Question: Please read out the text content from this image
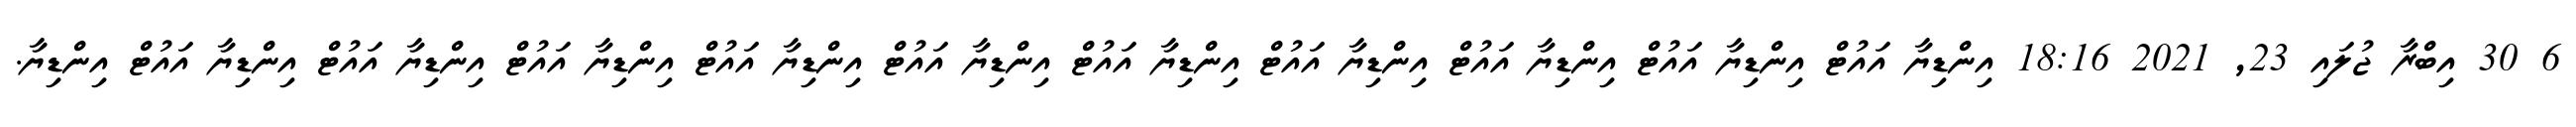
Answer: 6 30 އިބްރާ ޖުލައި 23, 2021 18:16 އިންޑިޔާ އައުޓް އިންޑިޔާ އައުޓް އިންޑިޔާ އައުޓް އިންޑިޔާ އައުޓް އިންޑިޔާ އައުޓް އިންޑިޔާ އައުޓް އިންޑިޔާ އައުޓް އިންޑިޔާ އައުޓް އިންޑިޔާ އައުޓް އިންޑިޔާ އައުޓް އިންޑިޔާ.